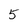
Character: 5